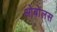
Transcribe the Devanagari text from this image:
ओबोलस